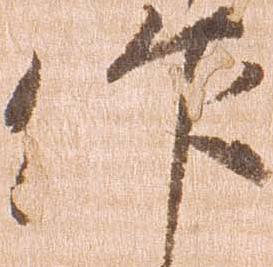
作